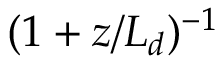
( 1 + z / L _ { d } ) ^ { - 1 }